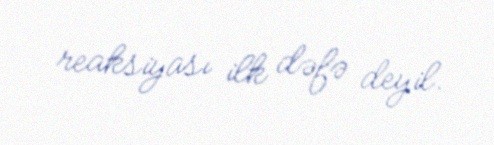
reaksiyası ilk dəfə deyil.